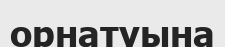
орнатуына